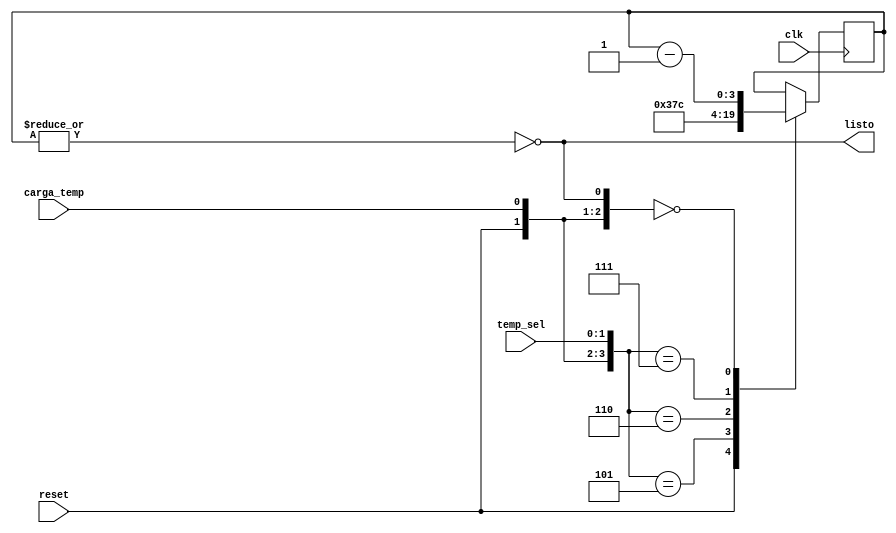
`timescale 1ns / 1ps
//////////////////////////////////////////////////////////////////////////////////
// Company: 
// Engineer: 
// 
// Design Name: 
// Module Name:    Temporizador 
// Project Name: 
// Target Devices: 
// Tool versions: 
// Description: 
//
// Dependencies: 
//
// Revision: 
// Revision 0.01 - File Created
// Additional Comments: 
//
//////////////////////////////////////////////////////////////////////////////////
module Temporizador(clk, reset, carga_temp, temp_sel, listo);

/////////////////////////////////////////////////////////////////////////////////////////////////////////////////////////////////////
////ENTRADAS y SALIDAS
/////////////////////////////////////////////////////////////////////////////////////////////////////////////////////////////////////
input clk, reset, carga_temp;
input [1:0] temp_sel;
output listo;

/////////////////////////////////////////////////////////////////////////////////////////////////////////////////////////////////////
//// Registros
/////////////////////////////////////////////////////////////////////////////////////////////////////////////////////////////////////	

reg [3:0] contador;
reg [3:0] contador_sig;
reg listo;

/////////////////////////////////////////////////////////////////////////////////////////////////////////////////////////////////////
/////////////////////////////////////////////////////////////////////////////////////////////////////////////////////////////////////	
parameter [3:0] Ts_ad = 4'd3;
parameter [3:0] Tc_ac = 4'd7;
parameter [3:0] Tw = 4'd12;
/////////////////////////////////////////////////////////////////////////////////////////////////////////////////////////////////////
/////////////////////////////////////////////////////////////////////////////////////////////////////////////////////////////////////
//Registro de estado

//Logica de contador Siguiente
always@(reset or carga_temp or temp_sel or listo or contador) 
    begin
        casex({reset, carga_temp, temp_sel, listo})
        5'b1xxxx: contador_sig = 4'b0;
        5'b0101x: contador_sig = Ts_ad;
        5'b0110x: contador_sig = Tc_ac;
        5'b0111x: contador_sig = Tw;
        5'b00xx0: contador_sig = contador - 1'b1;
        5'b00xx1: contador_sig = contador;
        default: contador_sig = contador;
        endcase
    end

always @(posedge clk) 
    begin
         contador <= contador_sig;
    end

always @* 
    begin
        listo = !(|contador) ; //Cuenta terminada
    end
	
endmodule